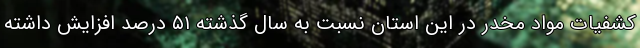
کشفیات مواد مخدر در این استان نسبت به سال گذشته ۵۱ درصد افزایش داشته